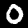
Label: 0